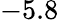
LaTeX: -5.8